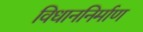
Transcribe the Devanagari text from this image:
विधाननिर्माण